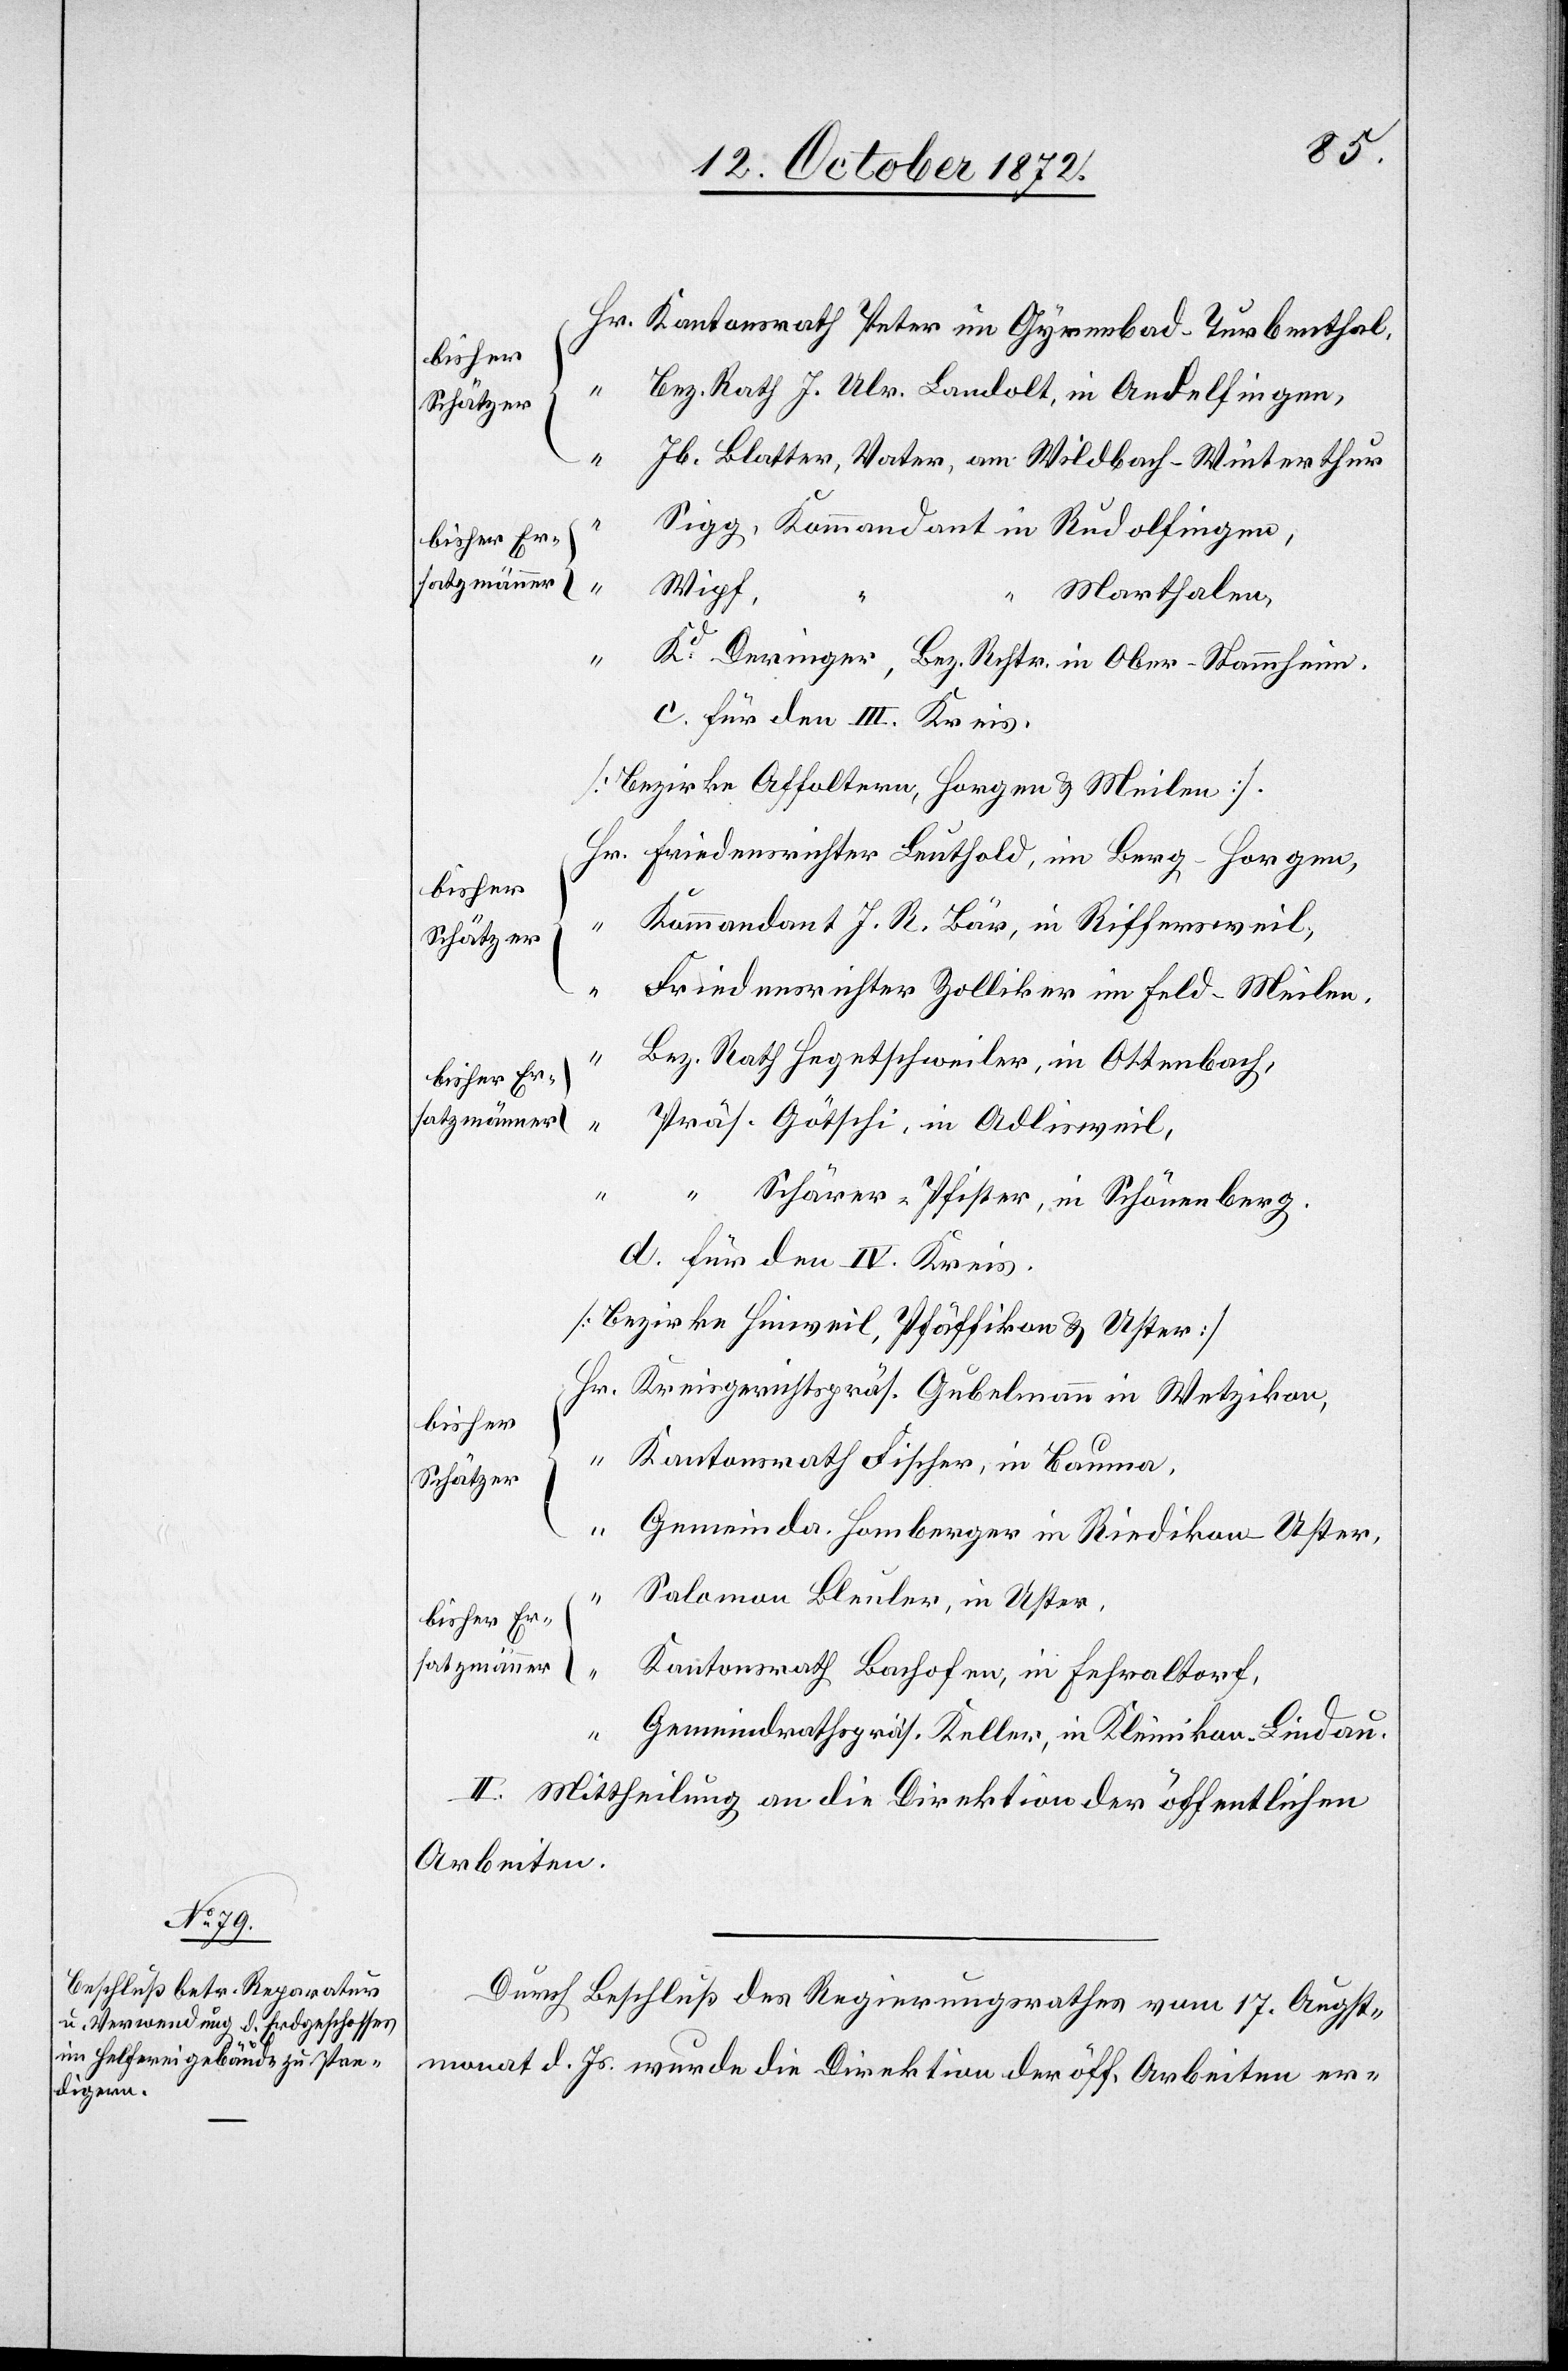
Kantonsrath Peter im Gyrenbad-Turbenthal,
Bez. Rath. J. Ulr. Landolt, in Andelfingen,
Jb. Blatter, Vater, am Wildbach-Winterthur
Sigg, Kommandant in Rudolfingen,
Wipf,
Marthalen,
Hr.
Kd Deringer, Bez. Rchtr. in Ober-Stammheim.
c. Für den III. Kreis.
[Bezirke Affoltern, Horgen u. Meilen]
Friedensrichter Leuthold, in Berg-Horgen,
bisher
Kommandant J. R. Bär, in Riffersweil,
Schätzer
{
Friedensrichter Zolliker im Feld-Meilen.
Bez. Rath Hegetschweiler, in Ottenbach,
bisher Er¬
satzmänner
Präs. Götschi, in Adlisweil,
“ Schärer-Pfister, in Schönenberg.
d. Für den IV. Kreis.
[Bezirke Hinweil, Pfäffikon u. Uster]
Kreisgerichtspräs. Gubelmann in Wetzikon,
Kantonsrath Fischer, in Bauma,
Gemeinda. Homberger in Riedikon-Uster,
Solomon Bleuler, in Uster,
“
Kantonsrath Bachofen, in Fehraltorf,
Gemeindrathspräs. Keller, in Kleinikon-Lindau.
II. Mittheilung an die Direktion der öffentlichen
Arbeiten.
Durch Beschluß des Regierungsrathes vom 17. Augst¬
monat d. Js. wurde die Direktion der öff. Arbeiten er-